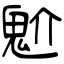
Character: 魀